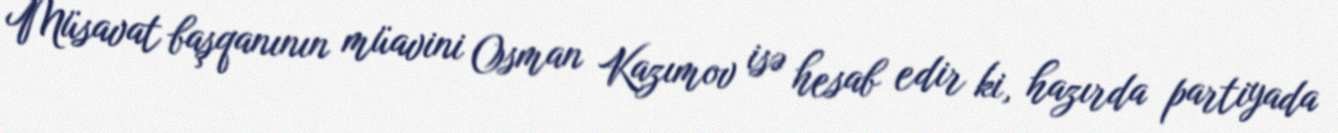
Müsavat başqanının müavini Osman Kazımov isə hesab edir ki, hazırda partiyada